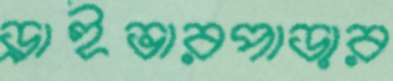
ড্রাইভারপাড়ার